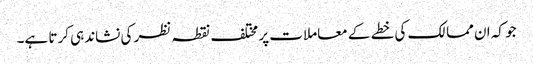
جو کہ ان ممالک کی خطے کے معاملات پر مختلف نقطہ نظر کی نشاندہی کرتا ہے۔